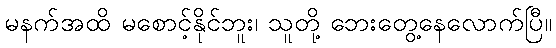
မနက်အထိ မစောင့်နိုင်ဘူး၊ သူတို့ ဘေးတွေ့နေလောက်ပြီ။